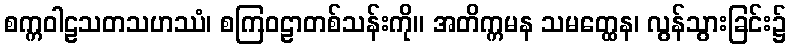
စက္ကဝါဠသတသဟဿံ၊ စကြဝဠာတစ်သန်းကို။ အတိက္ကမန သမတ္ထေန၊ လွန်သွားခြင်း၌